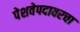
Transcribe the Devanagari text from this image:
पेशवेपदावरचा